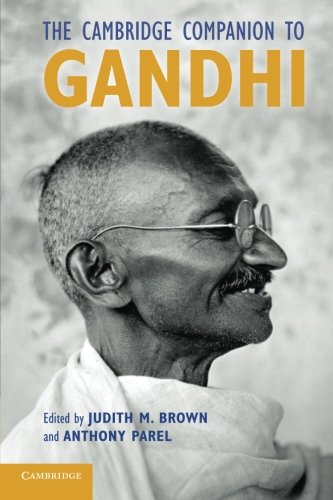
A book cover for The Cambridge Companion to Gandhi; Religion & Spirituality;